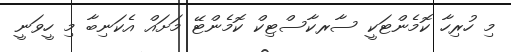
މި ހުރިހާ ކޮމެންޓަކީ ސާރކާސްޓިކް ކޮމެންޓޭ މަށައް އެކަނިބާ މި ހީވަނީ